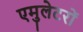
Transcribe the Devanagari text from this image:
एमुलेटरों